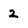
Character: 2